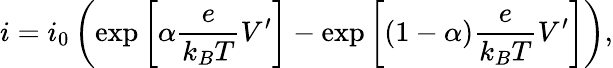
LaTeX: i=i_{0}\left(\exp\left[\alpha\frac{e}{k_{B}T}V^{\prime}\right]-\exp\left[\left(1-\alpha\right)\frac{e}{k_{B}T}V^{\prime}\right]\right),